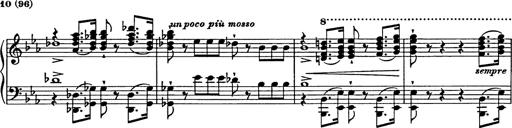
Title: Festmarsch zur SÃ¤cularfeier von Goethes Geburtstag
Composer: Franz Liszt